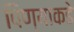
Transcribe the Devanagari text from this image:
पिण्याकडे